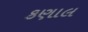
કણાલ